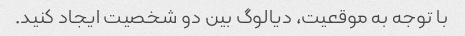
با توجه به موقعیت، دیالوگ بین دو شخصیت ایجاد کنید.